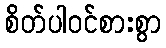
စိတ်ပါဝင်စားစွာ